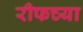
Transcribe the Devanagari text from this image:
रीफच्या